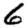
Digit: 6